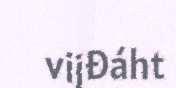
vijđáht